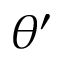
\theta ^ { \prime }